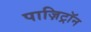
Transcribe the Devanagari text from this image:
पाज़िट्रॉन